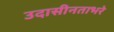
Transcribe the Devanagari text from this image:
उदासीनताभरे